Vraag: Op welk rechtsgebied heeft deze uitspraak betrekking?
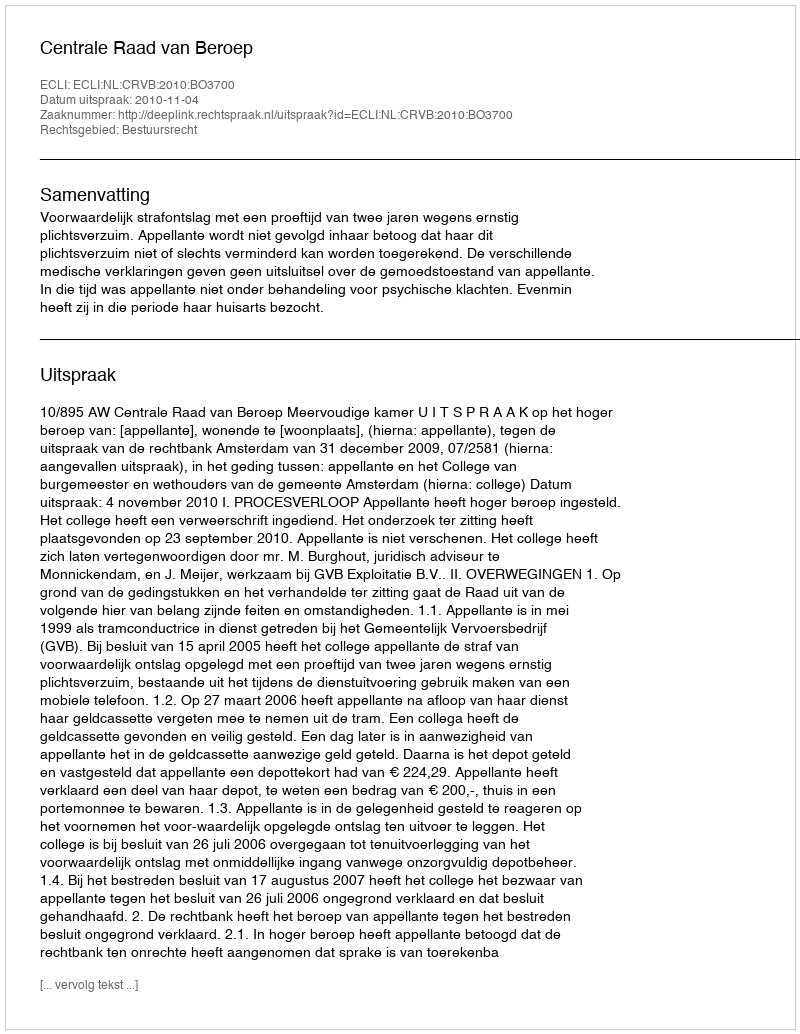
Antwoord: Bestuursrecht